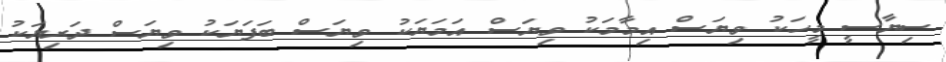
ސިޔާސީ މީހަކު ވިޔަސް އިމާމަކު ވިޔަސް އަމަޔަކު ވިޔަސް ބަފަޔަކު ވިޔަސް ދަރިޔަކު